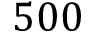
5 0 0